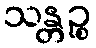
သန္တဉ္စ